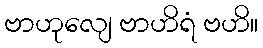
ဗာဟုလျေ ဗာဟိရံ ဗဟိ။